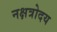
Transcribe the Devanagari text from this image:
नक्षत्रोदय